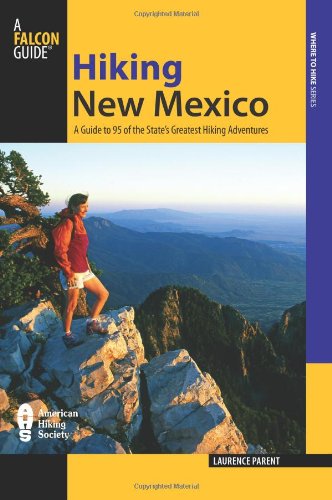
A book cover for Hiking New Mexico: A Guide To 95 Of The State's Greatest Hiking Adventures (State Hiking Guides Series); Laurence Parent; Sports & Outdoors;